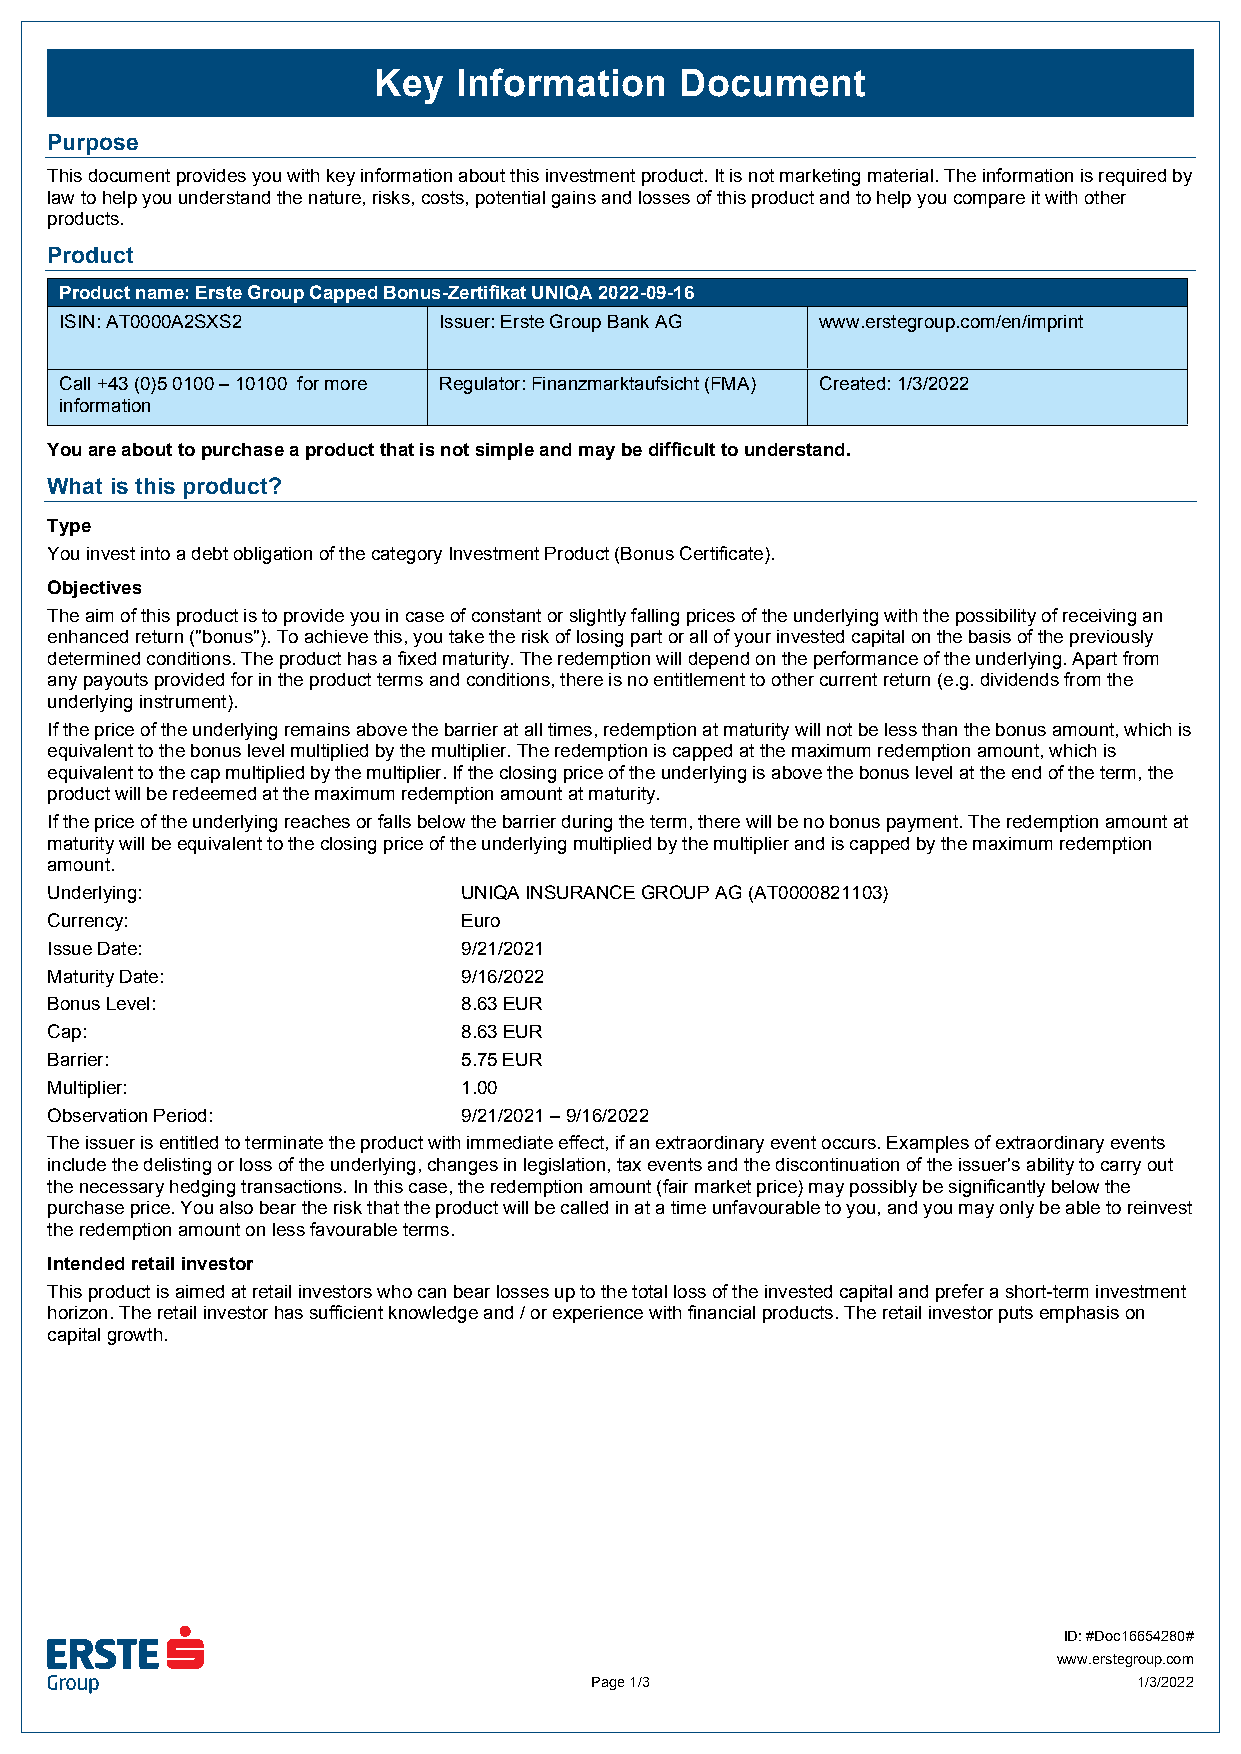
Key  Information    Document
 Purpose
 This document provides you with key information about this investment product. It is not marketing material. The information is required by
 law to help you understand the nature, risks, costs, potential gains and losses of this product and to help you compare it with other
 products.
 Product
 Product name: Erste Group Capped Bonus-Zertifikat UNIQA 2022-09-16
 ISIN: AT0000A2SXS2       Issuer: Erste Group Bank AG www.erstegroup.com/en/imprint
 Call +43 (0)5 0100 – 10100 for more Regulator: Finanzmarktaufsicht (FMA) Created: 1/3/2022
 information
 You are about to purchase a product that is not simple and may be difficult to understand.
 What is this product?
 Type
 You invest into a debt obligation of the category Investment Product (Bonus Certificate).
 Objectives
 The aim of this product is to provide you in case of constant or slightly falling prices of the underlying with the possibility of receiving an
 enhanced return ("bonus"). To achieve this, you take the risk of losing part or all of your invested capital on the basis of the previously
 determined conditions. The product has a fixed maturity. The redemption will depend on the performance of the underlying. Apart from
 any payouts provided for in the product terms and conditions, there is no entitlement to other current return (e.g. dividends from the
 underlying instrument).
 If the price of the underlying remains above the barrier at all times, redemption at maturity will not be less than the bonus amount, which is
 equivalent to the bonus level multiplied by the multiplier. The redemption is capped at the maximum redemption amount, which is
 equivalent to the cap multiplied by the multiplier. If the closing price of the underlying is above the bonus level at the end of the term, the
 product will be redeemed at the maximum redemption amount at maturity.
 If the price of the underlying reaches or falls below the barrier during the term, there will be no bonus payment. The redemption amount at
 maturity will be equivalent to the closing price of the underlying multiplied by the multiplier and is capped by the maximum redemption
 amount.
 Underlying:                 UNIQA INSURANCE GROUP AG (AT0000821103)
 Currency:                   Euro
 Issue Date:                 9/21/2021
 Maturity Date:              9/16/2022
 Bonus Level:                8.63 EUR
 Cap:                        8.63 EUR
 Barrier:                    5.75 EUR
 Multiplier:                 1.00
 Observation Period:         9/21/2021 – 9/16/2022
 The issuer is entitled to terminate the product with immediate effect, if an extraordinary event occurs. Examples of extraordinary events
 include the delisting or loss of the underlying, changes in legislation, tax events and the discontinuation of the issuer's ability to carry out
 the necessary hedging transactions. In this case, the redemption amount (fair market price) may possibly be significantly below the
 purchase price. You also bear the risk that the product will be called in at a time unfavourable to you, and you may only be able to reinvest
 the redemption amount on less favourable terms.
 Intended retail investor
 This product is aimed at retail investors who can bear losses up to the total loss of the invested capital and prefer a short-term investment
 horizon. The retail investor has sufficient knowledge and / or experience with financial products. The retail investor puts emphasis on
 capital growth.
 ID: #Doc16654280#
 www.erstegroup.com
 Page 1/3                            1/3/2022